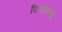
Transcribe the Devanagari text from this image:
विश्वाबसु